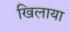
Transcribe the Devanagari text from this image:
खिलाया